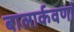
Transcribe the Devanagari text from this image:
बालार्कवणां